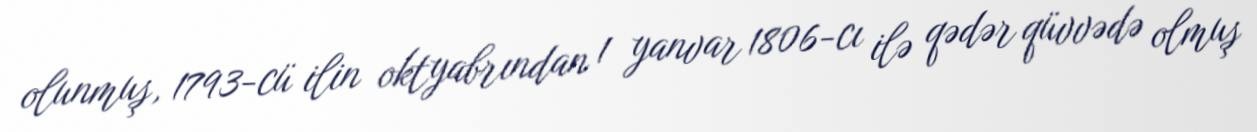
olunmuş, 1793-cü ilin oktyabrından 1 yanvar 1806-cı ilə qədər qüvvədə olmuş